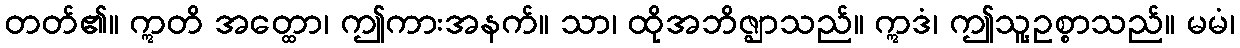
တတ်၏။ ဣတိ အတ္ထော၊ ဤကားအနက်။ သာ၊ ထိုအဘိဇ္ဈာသည်။ ဣဒံ၊ ဤသူ့ဥစ္စာသည်။ မမံ၊